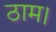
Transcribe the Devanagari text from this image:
ठाम।